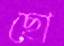
ছো